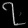
Digit: ၇